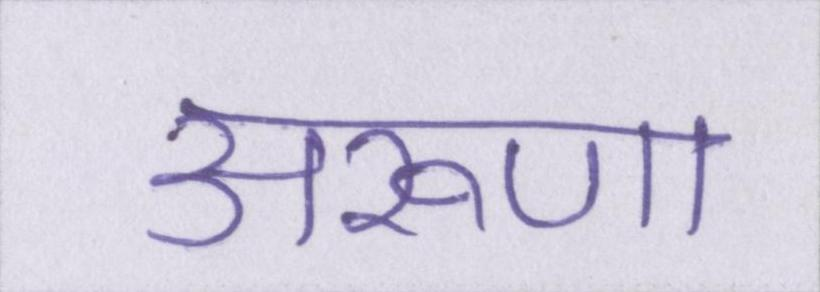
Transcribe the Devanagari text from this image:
अरूणा